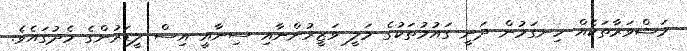
މަޝްވަރާތަކެއް ހިނގަމުން ދަނީ ގައުމުތަކުގެ މަލީ ވަޒީރުންނާއި ސިނާއީ އިސް ލީޑަރުންގެ މެދުގައެވެ.